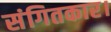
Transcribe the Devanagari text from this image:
संगितकार।